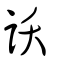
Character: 訞